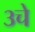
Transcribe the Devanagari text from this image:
३चे